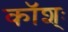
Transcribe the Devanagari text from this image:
कॉश्ः